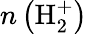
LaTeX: n\left(\mathrm{H_{2}^{+}}\right)